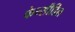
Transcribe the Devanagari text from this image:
फेन्सीडिल